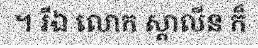
។ រីឯ លោក ស្តាលីន ក៏